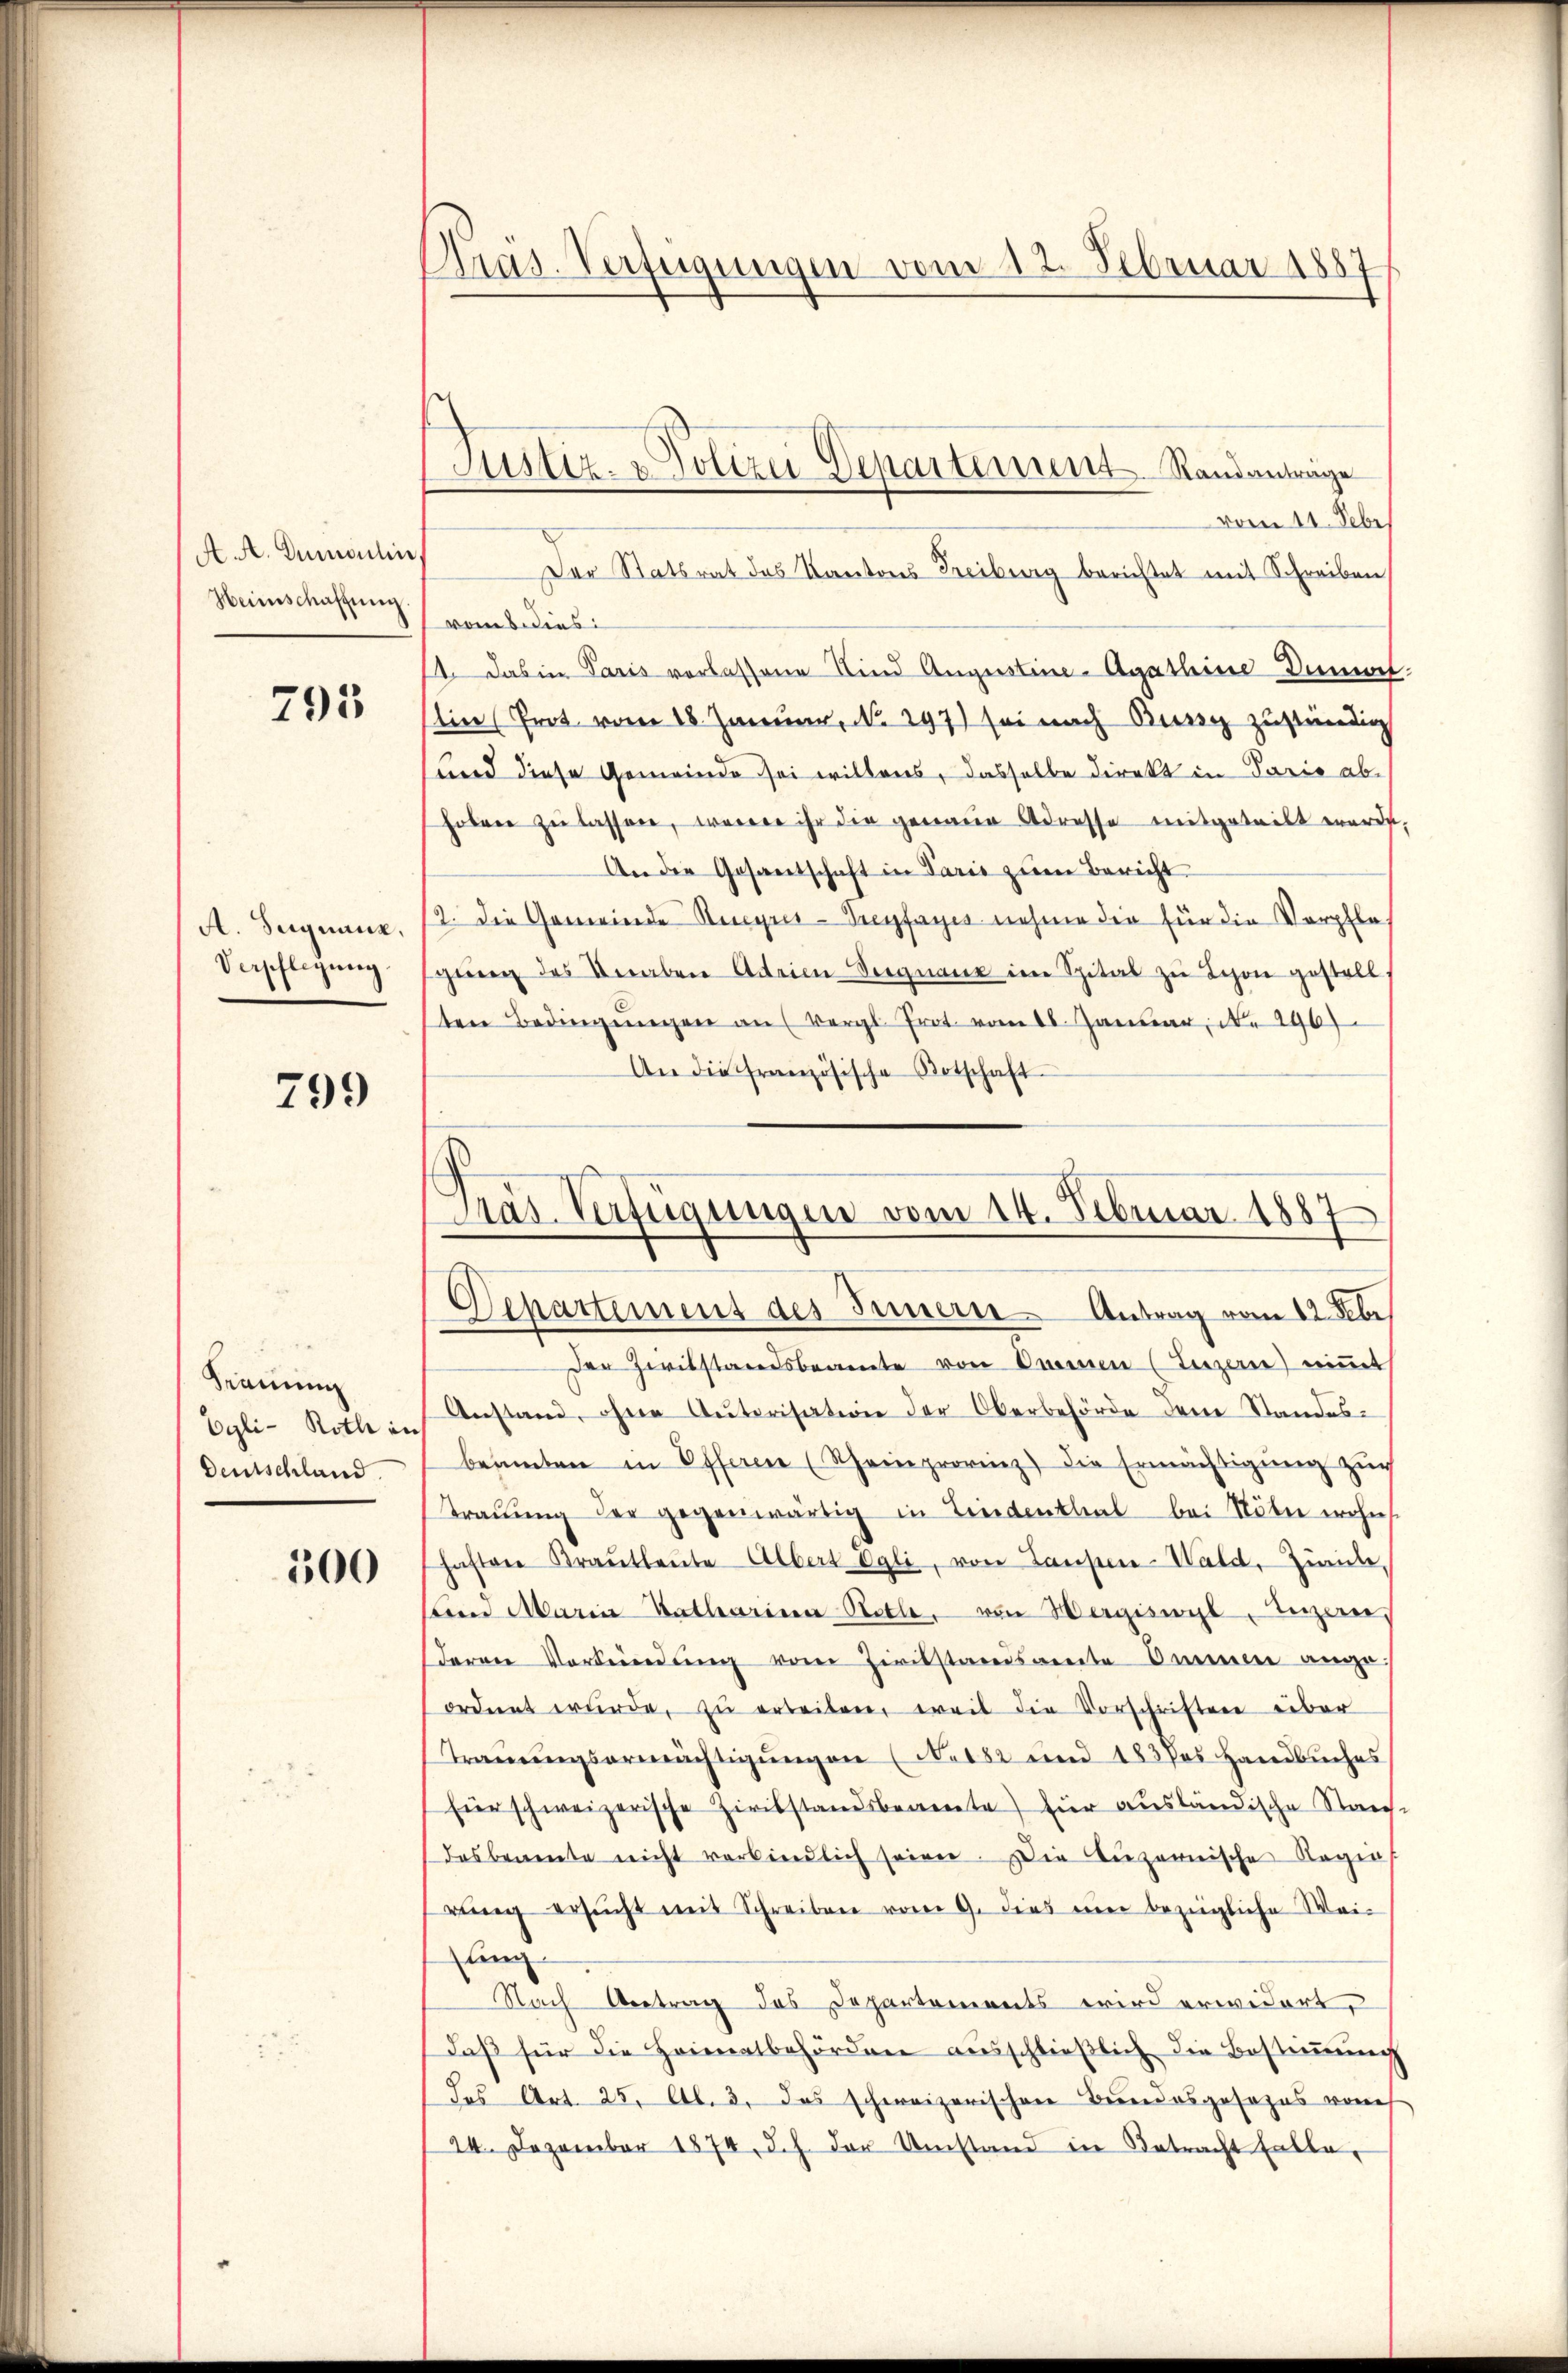
A. A. Dumoulin,
Heimschaffung

793

A. Sequenz,
Verpflegung

799

Krainun
Egli - Roth in
Deutschland.

500

Pras. Verfügungen vom 12. Februar 1887

Justiz- & Polizei Departement Randantrage

vom 11. Febr.
Der Statsrat des Kantons Freiberg berichtet mit Schreiben
vom 8. dies
14. Das in Paris verlassene Kind Augustine-Agathine Demmel.
Ein (Prot vom 18. Januar, No. 297) sei nach Burg zuständig
und diese Gemeinde sei willens, dasselbe direkt in Paris ab¬
Fobrer zŭ lassen, werde ihr die genaue Adresse mitgeteilt werde,
An die Gesantschaft in Paris zum Bericht
2. die Gemeinde Regres-Treyfayes nehme die für die Verpflas
gung des Knaben Adeim-Seegnaue im Spital zu Schon gestell
ten Bedingŭngen an (Vergl. Prot. vom 16. Janŭar N. 296)
An die französische Botschaft
Der Zwitstandsbeamte von Orien (Luzern) niṁt
Anstand, ohne Autorisation der Oberbehörde dene Standes-
beamten in Offeren (Rheinprovinz die Ermächtigŭng zŭr
Trauung der gegenwärtig in Lindentlieb bei Nöter wohnt
haften Kraŭtleŭte Albert Cali, von Laupen-Wald, Zürich,
m Maria Katharina Stolle, von Hergiswyl, Luzern,
daren Vorsendung von Zivilstandsamte Ammen ange
ordnet würde, zŭ erteilen, weil die Vorschriften über
Trauungsermächtigungen (N. 182 und 183Pos Handbuches
Eier schweizerische Zivilstandsbeamte hier ausländische Strech-
dasbeamte nicht verbindlich seien. Die Luzernische Regen
rŭng ersŭcht mit Schreiben vom 9. dies ein bezügliche Wei-
lung
Nach Antrag des Departements wird erwidert,
daβ für die Heimatbehörden aŭsschlieβlich die Bestiṁŭng
(das Art. 25, Al. 2. das schweizerischen Bundesgesezes vom
24. Dezember 1874. d. h. der Umstand in Betracht falle,

Gras Verfügungen vom 14. Februar 1887
Departement des Innern Antrag vom 12. Febr